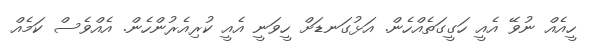
ހީއެއް ނުވޭ އެއީ ހަގީގަތެއްހެން. އަޅުގަނޑަށް ހީވަނީ އެއީ ކުރިއެރުންހެން. އެއްވެސް ކަމެއް